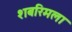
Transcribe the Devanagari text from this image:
शबरिमला